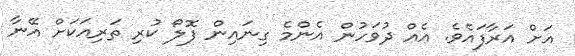
އަށް އަރާފައެވެ. އެއް ދުވަހުން އެންމެ ގިނައިން ފޮލޯ ކުރި ތަރިއަކަށް އޭނާ